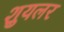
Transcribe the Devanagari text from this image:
शुयलर